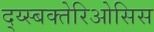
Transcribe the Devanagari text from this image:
द्य्स्बक्तेरिओसिस